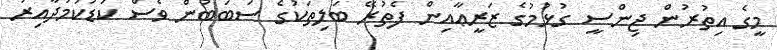
މީގެ އިތުރުން ޖިންސީ ގުޅުމުގެ ޒަރީޢާއިން ފެތުރޭ ބަލިތަކުގެ ސަބަބުން ވެސް ކުޑަކަމުދާއިރު